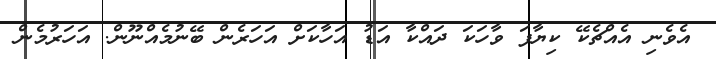
އެވެނި އެއްޗެކޭ ކިޔާފަ ވާހަކަ ދައްކާ އަޑު އަހާކަށް އަހަރެން ބޭނުމެއްނޫން. އަހަރުމެން